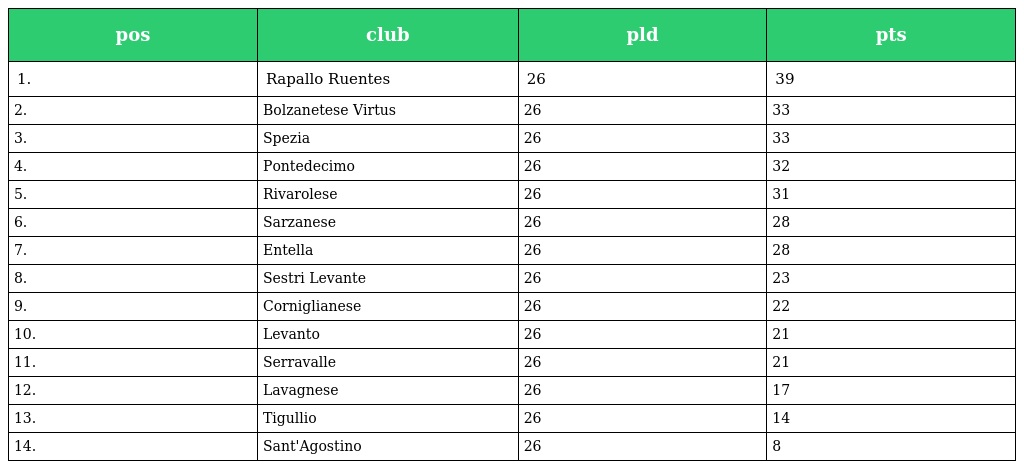
| pos | club | pld | pts |
 | --- | --- | --- | --- |
 | 1. | Rapallo Ruentes | 26 | 39 |
 | 2. | Bolzanetese Virtus | 26 | 33 |
 | 3. | Spezia | 26 | 33 |
 | 4. | Pontedecimo | 26 | 32 |
 | 5. | Rivarolese | 26 | 31 |
 | 6. | Sarzanese | 26 | 28 |
 | 7. | Entella | 26 | 28 |
 | 8. | Sestri Levante | 26 | 23 |
 | 9. | Corniglianese | 26 | 22 |
 | 10. | Levanto | 26 | 21 |
 | 11. | Serravalle | 26 | 21 |
 | 12. | Lavagnese | 26 | 17 |
 | 13. | Tigullio | 26 | 14 |
 | 14. | Sant'Agostino | 26 | 8 |